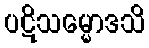
ပဋိသမ္မောဒသိ